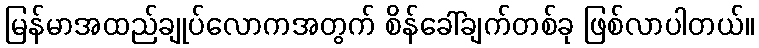
မြန်မာအထည်ချုပ်လောကအတွက် စိန်ခေါ်ချက်တစ်ခု ဖြစ်လာပါတယ်။